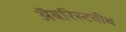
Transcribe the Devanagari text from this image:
अॅबरिस्टवीथ